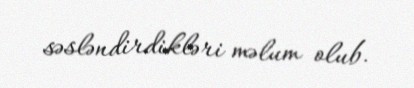
səsləndirdikləri məlum olub.